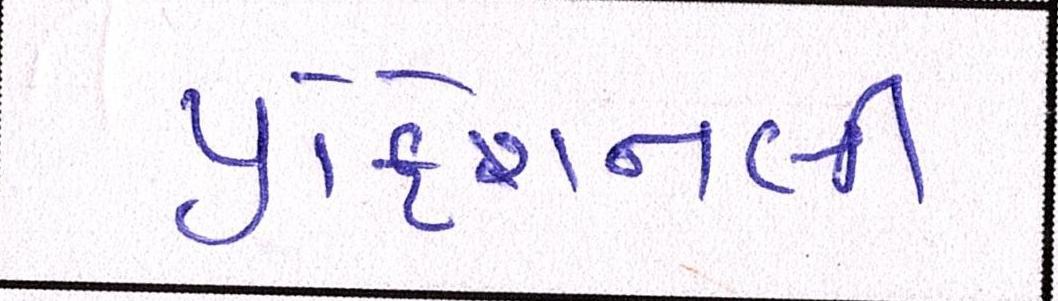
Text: પ્રોફેશનલી